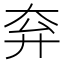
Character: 𡗹